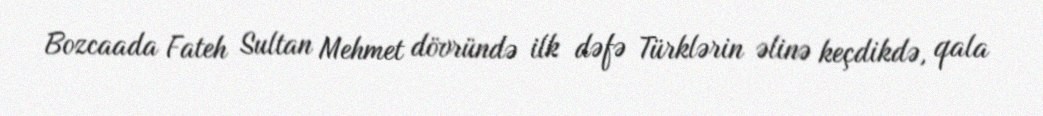
Bozcaada Fateh Sultan Mehmet dövründə ilk dəfə Türklərin əlinə keçdikdə, qala